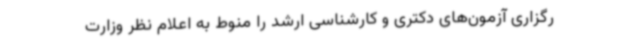
رگزاری آزمون‌های دکتری و کارشناسی ارشد را منوط به اعلام نظر وزارت